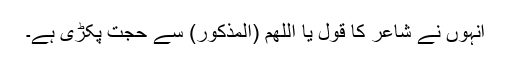
انہوں نے شاعر کا قول یا اللھم (المذکور) سے حجت پکڑی ہے۔